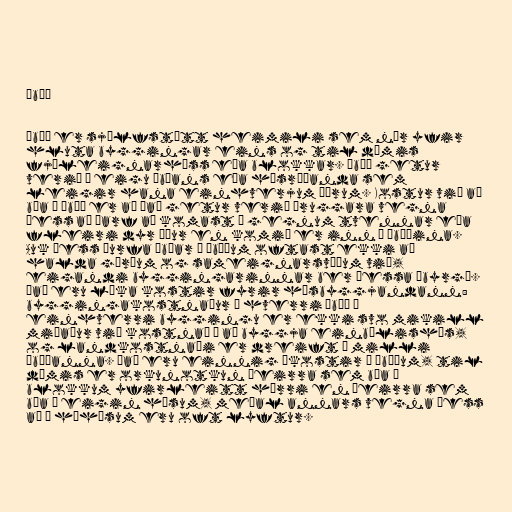
Íbúð

Íbúð er sjálfstætt heimili sem nær yfir
hluta byggingar eins og til dæmis
fjöleignarhúss eða blokkar. Íbúð getur
verið í eigu íbúans eða húsráðanda sem
leigir hana einhverjum öðrum. Kostur við að
búa í íbúð er að það getur verið öruggara vegna
þess að þarf að komast í gegnum tvennar eða
fleiri dyr áður en komið er inn í íbúðina.
Auk þess þurfa íbúar í íbúðum oftast ekki að
halda görðum og sameignarsvæðum við,
eigandi byggingarinnar ber þessa ábyrgð.
Það eru líka kostir fyrir húsbyggjandann:
byggingakostnaður á hverri íbúð í
einhverri byggingu er ekki svo mikill
miðaður við kostnað á að byggja einbýlishús,
og landkostnaði er dreift á milli
íbúðanna. Það eru einnig ókostir á íbúðum, til
dæmis er orkunotkun þeirra sem búa í
blokkum yfirleitt hærri en þeirra sem
búa í eigin húsum, meðal annars vegna þess
að í háhýsum eru oft lyftur.